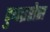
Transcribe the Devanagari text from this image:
टुथब्रशेस